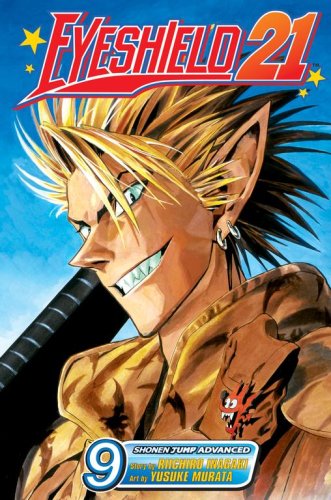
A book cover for Eyeshield 21, Volume 9; Riichiro Inagaki; Comics & Graphic Novels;